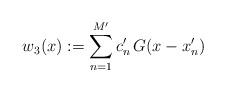
LaTeX: \begin{align*}w_3(x):=\sum_{n=1}^{M'} c_n'\, G(x-x'_n)\end{align*}